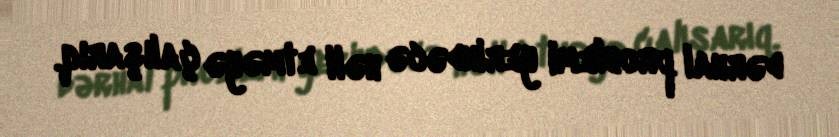
dərhal problemi yerindəcə həll etməyə çalışarıq.